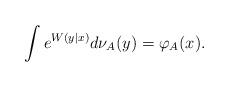
LaTeX: \begin{align*} \int e^{ W (y|x)} d \nu_{A}(y) = \varphi_A(x).\end{align*}